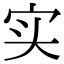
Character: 实